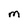
Character: M